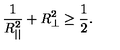
\frac { 1 } { R _ { | | } ^ { 2 } } + R _ { \perp } ^ { 2 } \ge \frac { 1 } { 2 } .